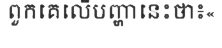
ពួកគេលើបញ្ហានេះថា៖«